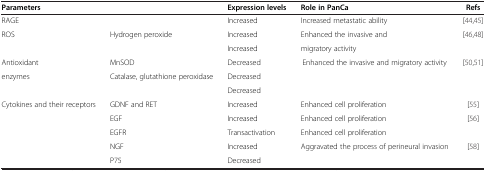
<table><thead><tr><td colspan="2"><b>Parameters</b></td><td><b>Expression levels</b></td><td><b>Role in PanCa</b></td><td><b>Refs</b></td></tr></thead><tbody><tr><td>RAGE</td><td> </td><td>Increased</td><td>Increased metastatic ability</td><td>[44,45]</td></tr><tr><td>ROS</td><td>Hydrogen peroxide</td><td>Increased</td><td>Enhanced the invasive and</td><td>[46,48]</td></tr><tr><td> </td><td> </td><td>Increased</td><td>migratory activity</td><td> </td></tr><tr><td>Antioxidant</td><td>MnSOD</td><td>Decreased</td><td>Enhanced the invasive and migratory activity</td><td>[50,51]</td></tr><tr><td>enzymes</td><td>Catalase, glutathione peroxidase</td><td>Decreased</td><td> </td><td> </td></tr><tr><td> </td><td> </td><td>Decreased</td><td> </td><td> </td></tr><tr><td>Cytokines and their receptors</td><td>GDNF and RET</td><td>Increased</td><td>Enhanced cell proliferation</td><td>[55]</td></tr><tr><td> </td><td>EGF</td><td>Increased</td><td>Enhanced cell proliferation</td><td>[56]</td></tr><tr><td> </td><td>EGFR</td><td>Transactivation</td><td>Enhanced cell proliferation</td><td> </td></tr><tr><td> </td><td>NGF</td><td>Increased</td><td>Aggravated the process of perineural invasion</td><td>[58]</td></tr><tr><td> </td><td>P75</td><td>Decreased</td><td> </td><td> </td></tr></tbody></table>